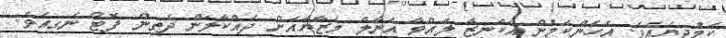
ކަމުދިޔައެވެ. އެހެންކަމުން އަކްނިޒާ ލައްވާ އަނާލް މަޒާޔާއަށް ދައްކާލަން ދެތިން ފޮޓޯ ނެގިއެވެ.